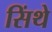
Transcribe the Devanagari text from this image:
सिंथे